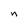
Character: n